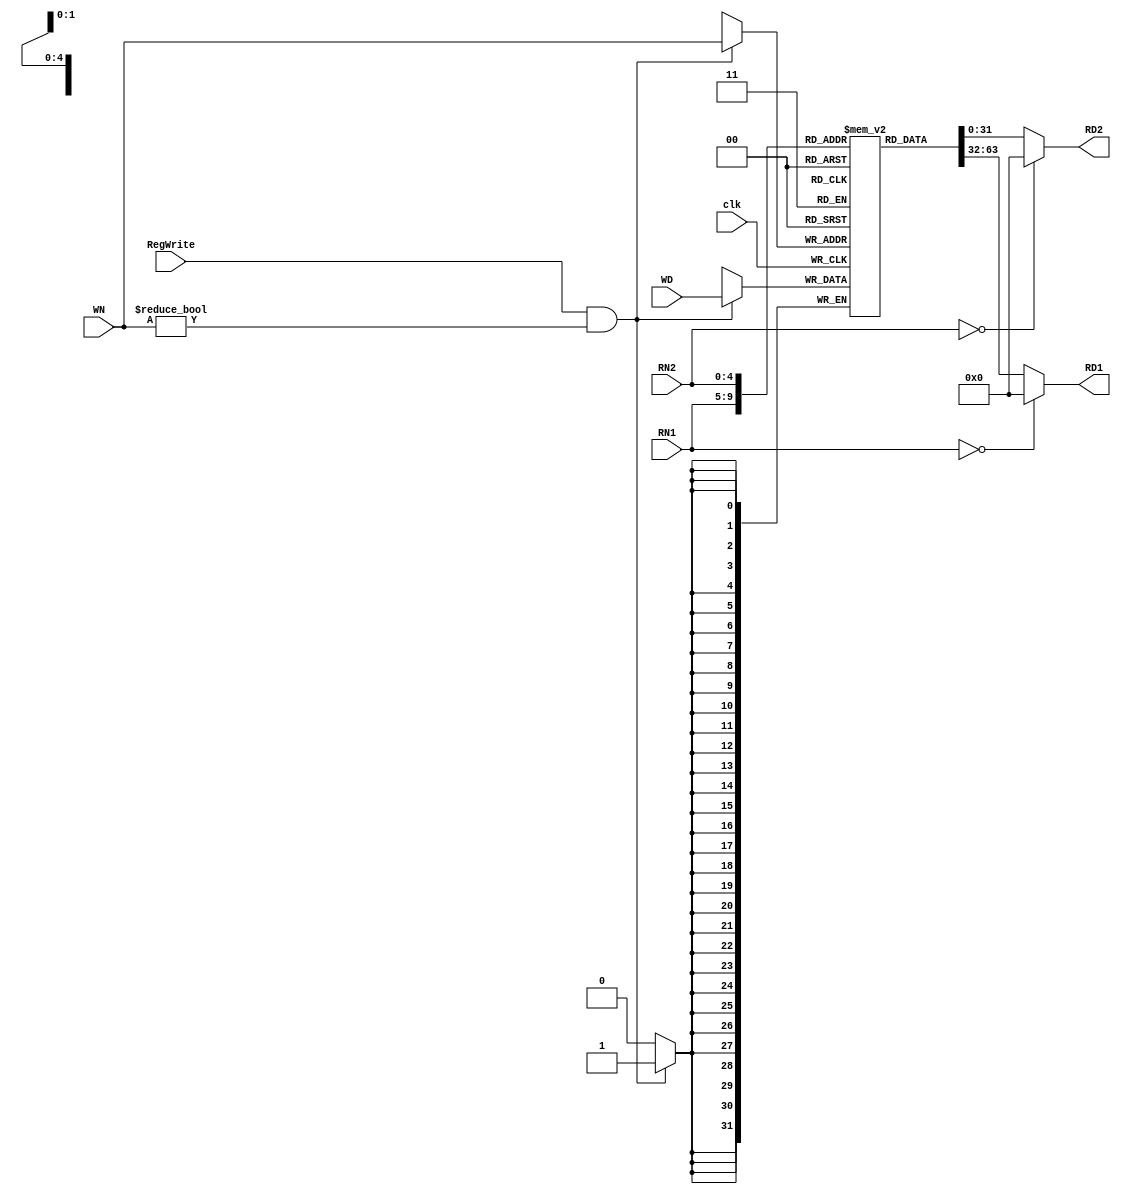
`timescale 1ns / 1ps
//////////////////////////////////////////////////////////////////////////////////
// Company: 
// Engineer: 
// 
// Design Name: 
// Module Name: Registro
// Project Name: 
// Target Devices: 
// Tool Versions: 
// Description: 
// 
// Dependencies: 
// 
// Revision:
// Revision 0.01 - File Created
// Additional Comments: Este corresponde al banco de registros que se describe en el captulo 5 y 6 del Patterson, 3era edicin. 
// Es como el que se muestra en la figura 5.9 de la pgina 297 
// 
//////////////////////////////////////////////////////////////////////////////////

//*************************************************************
//                 Banco de registros
//*************************************************************

module Registro(clk, RegWrite, RN1, RN2, WN, RD1, RD2, WD);

  input clk;
  input RegWrite; // Seal de control de escitura
  input [4:0] RN1, RN2, WN; // Read register 1, Read REgister 2 , Write register, ( Recordemos que son los 5 bits de rs, rt, y rd)
  input [31:0] WD; // Write dsta
  output [31:0] RD1, RD2; // Salidas del banco de registros (Read data 1 y 2)

  reg [31:0] RD1, RD2;
  reg [31:0] file_array [31:1];

  always @(RN1 or file_array[RN1])
  begin   
    if (RN1 == 0) RD1 = 32'd0; // Si el registro es el $0 entonces a la salida de RD1 tenemos el dato cero en 32 bits
    else RD1 = file_array[RN1]; // De lo contrario el dato de salida es lo que hay en RN1
    $display($time, " reg_file[%d] => %d (Port 1)", RN1, RD1); 
  end

  always @(RN2 or file_array[RN2]) // Misma lgica que el anterior
  begin
    if (RN2 == 0) RD2 = 32'd0;
    else RD2 = file_array[RN2];
    $display($time, " reg_file[%d] => %d (Port 2)", RN2, RD2);
  end

  always @(negedge clk) // Recordemos que en este caso de usa el flanco negativo para escrituras
    if (RegWrite && (WN != 0)) // Si est en alto la seal de control de escritura y el registro de escritura es distinto de cero
    begin
      file_array[WN] <= WD; //  Se modifica el valor del registro por el nuevo dato
      $display($time, " reg_file[%d] <= %d (Write)", WN, WD);
    end
endmodule